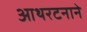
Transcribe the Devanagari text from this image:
आथरटनाने